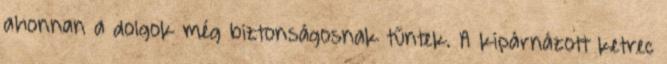
ahonnan a dolgok még biztonságosnak tűntek. A kipárnázott ketrec